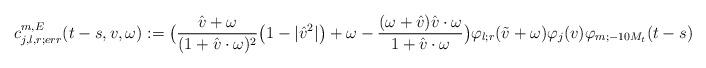
LaTeX: \begin{align*}c^{m, E }_{j,l,r;err}(t-s,v,\omega):= \big(\frac{\hat{v} +\omega }{(1+\hat{v}\cdot \omega)^2}\big(1 -|\hat{v}^2| \big) + \omega - \frac{(\omega +\hat{v} )\hat{v}\cdot \omega}{1+\hat{v}\cdot \omega}\big) \varphi_{l; r}(\tilde{v}+\omega ) \varphi_j(v) \varphi_{m;-10 M_t }( t-s )\end{align*}